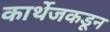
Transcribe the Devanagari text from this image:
कार्थेजकडून